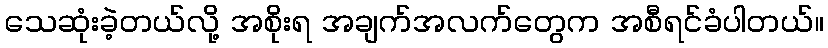
သေဆုံးခဲ့တယ်လို့ အစိုးရ အချက်အလက်တွေက အစီရင်ခံပါတယ်။